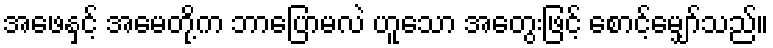
အဖေနှင့် အမေတို့က ဘာပြောမလဲ ဟူသော အတွေးဖြင့် စောင့်မျှော်သည်။